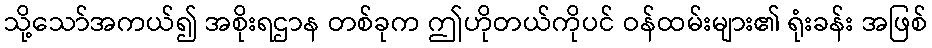
သို့သော်အကယ်၍ အစိုးရဌာန တစ်ခုက ဤဟိုတယ်ကိုပင် ဝန်ထမ်းများ၏ ရုံးခန်း အဖြစ်